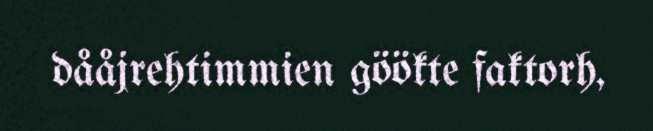
dååjrehtimmien göökte faktorh,